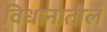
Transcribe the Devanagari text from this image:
विधानातील